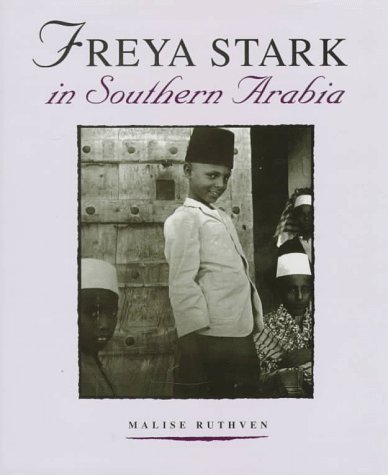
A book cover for Freya Stark in Southern Arabia; Freya Stark; History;